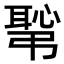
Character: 𢟛